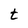
Character: t